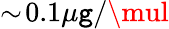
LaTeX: \sim\! 0.1\mu\mathtt{g}/\mul